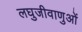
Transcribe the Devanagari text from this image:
लघुजीवाणुओं